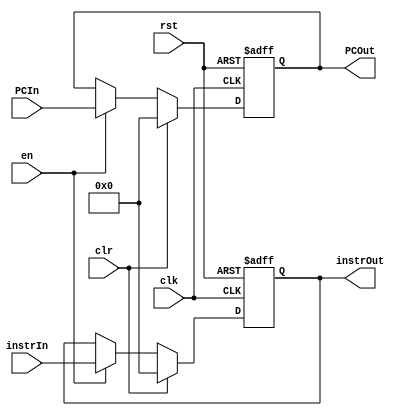
module IF_Stage_Reg(clk, rst, en, clr, instrIn, PCIn, instrOut, PCOut);
    
    input wire[0:0] clk, rst, en, clr;
    
    input wire [31:0] instrIn, PCIn;
    output reg [31:0] instrOut, PCOut;
    
    always @(posedge clk or posedge rst) begin
        
        if (rst) begin
            instrOut   <= 32'b0;
            PCOut      <= 32'b0;
        end 
        
        else if (clr) begin
			instrOut   <= 32'b0;
            PCOut      <= 32'b0;
        end

        else if (en) begin
            instrOut   <= instrIn;
            PCOut      <= PCIn;
        end
        
    end

endmodule